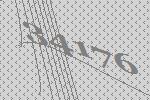
34176